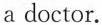
a doctor.